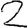
Digit: 2